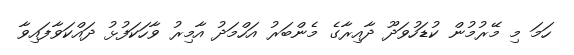
ހަމަ މި މޭރުމުން ކުޑަހުވަދޫ ދާއިރާގެ މެންބަރު އަހްމަދު އާމިރު ވާހަކަފުޅު ދައްކަވާފައިވާ